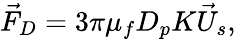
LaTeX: \vec{F}_{D}=3\pi\mu_{f}D_{p}K\vec{U}_{s},